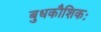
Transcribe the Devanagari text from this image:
बुधकौशिकः